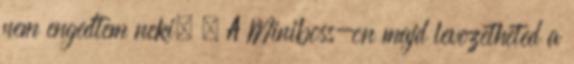
nem engedtem neki. – A Miniboss-on majd levezetheted a